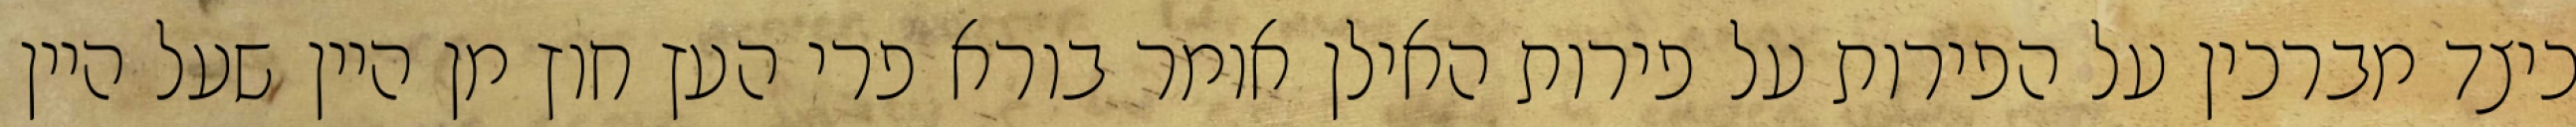
כיצד מברכין על הפירות על פירות האילן אומר בורא פרי העץ חוץ מן היין שעל היין